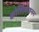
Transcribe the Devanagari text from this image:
कोशिकाहनन